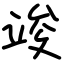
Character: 竣